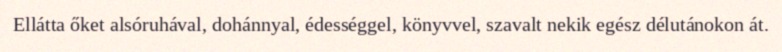
Ellátta őket alsóruhával, dohánnyal, édességgel, könyvvel, szavalt nekik egész délutánokon át.